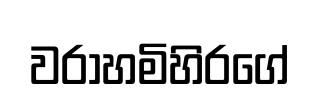
වරාහමිහිරගේ